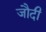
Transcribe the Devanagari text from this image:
जौदी